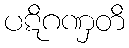
ပဋိဂဏှတိ